Statistical return of the lunatic asylum in Assam - 1912-1932
Year: 1912
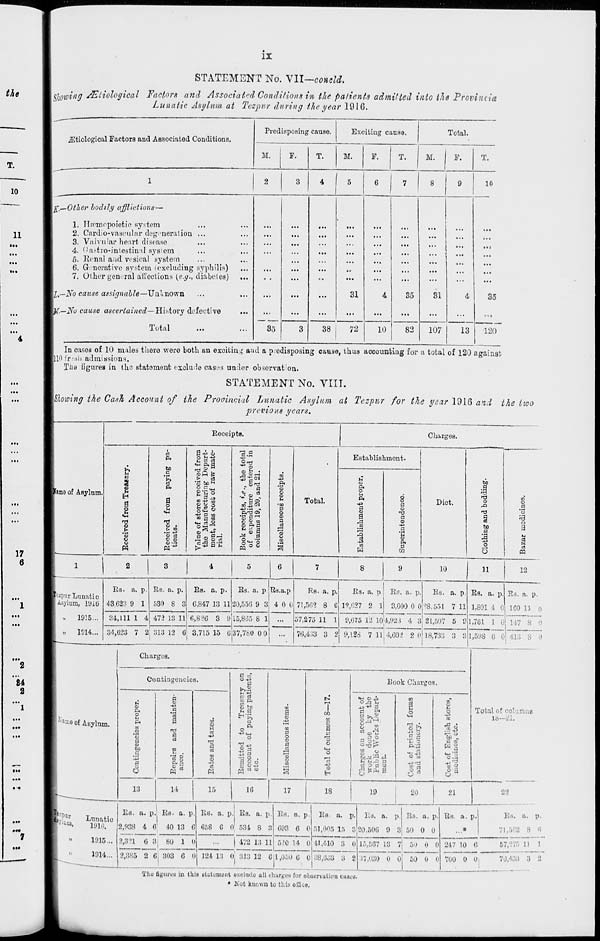
IX
STATEMENT No. VII—coacld.
Rowing AZiiological Factors and Associated Conditions in the patients admitted into the Provincia
Lunatic Asylum at Tezpnr during the year 1916.
-" '
Predisposing cause.
Exciting cause.
Total.
jEtiological Factors and Associated Conditions.
M.
P.
T.
M.
P.
T.
M.
P.
T.
1
2
3
1 1 5 6 7 8 9 10
g,~.Other bodily afflictions—
1. Heemopoietio system
...
...
• ••
2. Cardio-vascular degeneration ...
...
...
...
...
...
3. Valvular heart disease
...
...
...
...
4. Cai-tro-intestin'i] sysiem
...
...
...
1
...
...
5. Renal and vesical .system
...
...
6. Generative system (excluding syphilis)
...
...
...
...
7. Other gen era! ail'ections {e.g., diabetes) ...
...
,..
...
...
£.—jVb cause assignable—Unknown
...
...
...
31
4
35
81
4
35
y.—Uo cause ascertained— History defective
35
...
...
...
10
...
...
...
r «•
Total
3
38
72
82
107
13
120
In cases of 10 males tiiero were both an exciting and a predisposing cause, thus accounting for a total of 120 against
|llO fr-.sii admissions.
The figures in the statement exclude oases under observation.
STATEMENT No. VIII.
|5te*'«<7 the Cash Account of the Prooincial Lunatic Asylum at Tezpnr for the year 1916 and the two
previous years.
jfamo of Asylum.
Receipts.
Charges.
»*>
u
a
M
«S
s
E-i
o
u
Vi
i.
o
d
P.
be
c
'?»
ei
P.
a
T3
o •
t> co
'© a
V (D
*" ?*a
>
eS
% bo H
5
w
to
•n
00 .,
o o
■g g
IH 8^
• 13 .
£3a-c
*^ o
a
•So*
Us
4J -rt -
I 2.3
§«SP
a O CJ
ft
"3
©
-co
1
O
a
c3
o
Total.
Establishment.
o
o
IH
3
43
o
a
o
i-i
o
ft
pi
CO
Diot.
bo
a>
.a
T3
a
bo
a
|
O
o
to
©
.5
o
a
14
c3
tsi
eS
pa
(5
8
9
10
11
1.
Iwspur Lunatio
1 Asylum, 11)16
1916...
1014...
Rs. a. p.
43 G23 9 1
84,111 1 4
Rs. a. p
530 8 3
472 18 11
84,628 7 2j 1513 12 6
Rs. a. p.
0,847 13 11
Rs. a. p Rs.a.p
20,550 9 3| 4 0 (i
6,826 3 9|l5,865 8 1
3,715 15 6|37,780 Oo|
Rs. a. p.
71,50? 8 6
57,275 11 1
76,433 3 2
Rs. a. p Rs. a. p.
1?,G27 2 1 3,000 0 0
9,075 12 10(4,923 4 3
9,188 7 11 4,602 2 0
Rs. a.
'8.551 7
21.51H
18,733 3 8
Rs. a. p
1,801 4 0
Rs. a. p.
1C0 11 0
1,731 1 0| 147 8 0
1,51)8 0 0| 413 8 0
Charges.
l^moofAsylnm.
Contingencies.
u
CJ
a
o u
p.
to
"CJ
a
bo
a
"a
6
a
03
-*4
a
a
a
3
m
ft a
o
►1
a
to
O
-i5
e!
(3
a
h.9
a g
© to
»< a
«
ft
o
45 <w
o
-d^
it! a
a o cj
© «•*->
03
a
©
on
a
o
©
a
a
"3
I
to
c
a a
5
C1
43
o
H
Uook Chargos.
ri
to
CJ
§ *i± a
a
o
W4
o
a
c 2
P.-J3
43<TJ
8*
o
14
o
-*3
■g»5 a co
H|
•g'i
-3
© a
Total of columns
lo-
13
14
10
17
18
19
20
21
22
fja!^
Lnnatio
r J ' UQ .
1916.
"
1915...
1914...
Rs. a. p.l Rs. a. p
2,938 4 6! 40 13 0
2,8?1 6 IV 8u 1 0
Rs. a. p. RB. a. p.
0. r >8 G 0 531 8 8
47-J 13 11
Rs. a. p.
093 6 0
5»0 14 0
2,885 2 0 303 6 Oj 124 13 0; 813 12 6|1,050 fl 0
Rs- a. p.
51,005 15 8
Ld. a. p
20,500 9 3
11,410 3 0
'J8,0.i3 3 2
15,587 13 7
Rs. a. p.
50 0 0
50 0 0
37,030 0 0 50 0 0
Rs. a. p.
...»
! i, a. p.
»82 8 6
247 10 6
700 0 Oi
57,275 11 1
76,433 3 2
The figures in this bUtcnii'iit exclude ull charges for observation 0KB08.
* Hot known to this oCke.